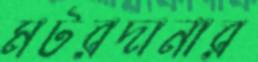
মটরদানার